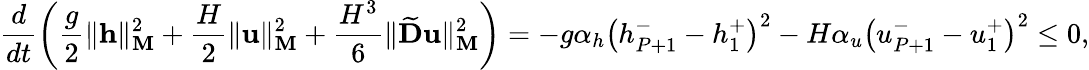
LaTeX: \frac{d}{dt}\left(\frac{g}{2}\| \mathbf{h}\| _{\mathbf{M}}^{2}+\frac{H}{2}\| \mathbf{u}\| _{\mathbf{M}}^{2}+\frac{H^{3}}{6}\| \widetilde{\mathbf{D}}\mathbf{u}\| _{\mathbf{M}}^{2}\right)=-g\alpha_{h}\left({h}_{P+1}^{-}-{h}_{1}^{+}\right)^{2}-H\alpha_{u}\left({u}_{P+1}^{-}-{u}_{1}^{+}\right)^{2}\le 0,